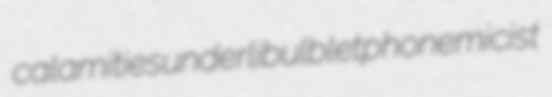
calamities underli bulblet phonemicist